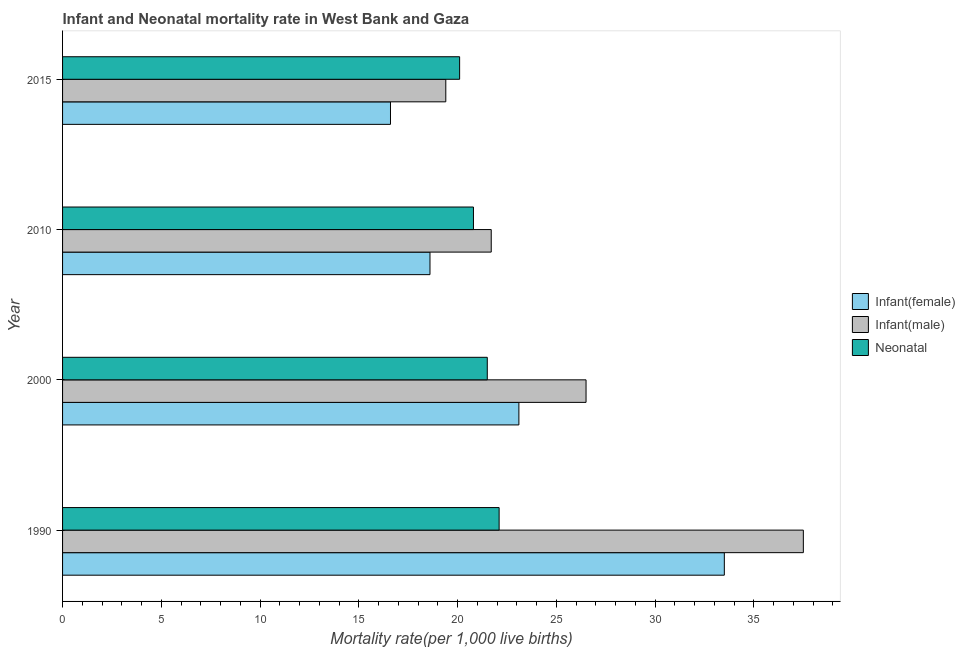
| Year | Infant(female) | Infant(male) | Neonatal  |
 | --- | --- | --- | --- |
 | 1990 | 33.5 | 37.5 | 22.1 |
 | 2000 | 23.1 | 26.5 | 21.5 |
 | 2010 | 18.6 | 21.7 | 20.8 |
 | 2015 | 16.6 | 19.4 | 20.1 |